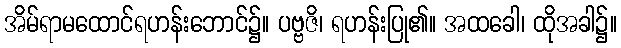
အိမ်ရာမထောင်ရဟန်းဘောင်၌။ ပဗ္ဗဇိ၊ ရဟန်းပြု၏။ အထခေါ၊ ထိုအခါ၌။